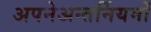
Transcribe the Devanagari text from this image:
अपनेअन्तर्नियमों